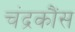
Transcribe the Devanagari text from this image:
चंद्रकौंस